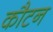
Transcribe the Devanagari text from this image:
कौटन